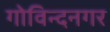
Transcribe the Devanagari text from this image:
गोविन्‍दनगर